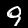
Digit: 9